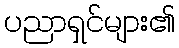
ပညာရှင်များ၏